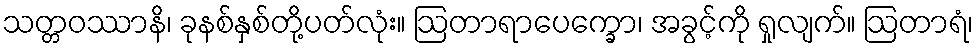
သတ္တဝဿာနိ၊ ခုနစ်နှစ်တို့ပတ်လုံး။ ဩတာရာပေက္ခော၊ အခွင့်ကို ရှုလျက်။ ဩတာရံ၊